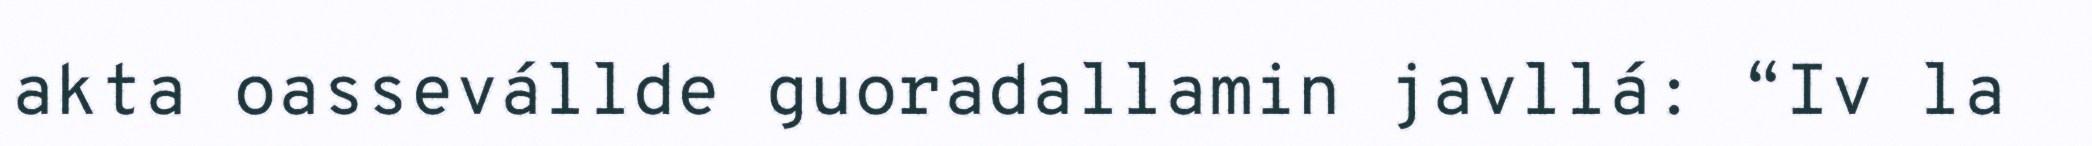
akta oassevállde guoradallamin javllá: “Iv la